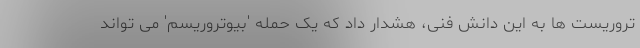
تروریست ها به این دانش فنی، هشدار داد که یک حمله 'بیوتروریسم' می تواند